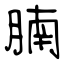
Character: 腩